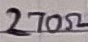
Text: 270Ω